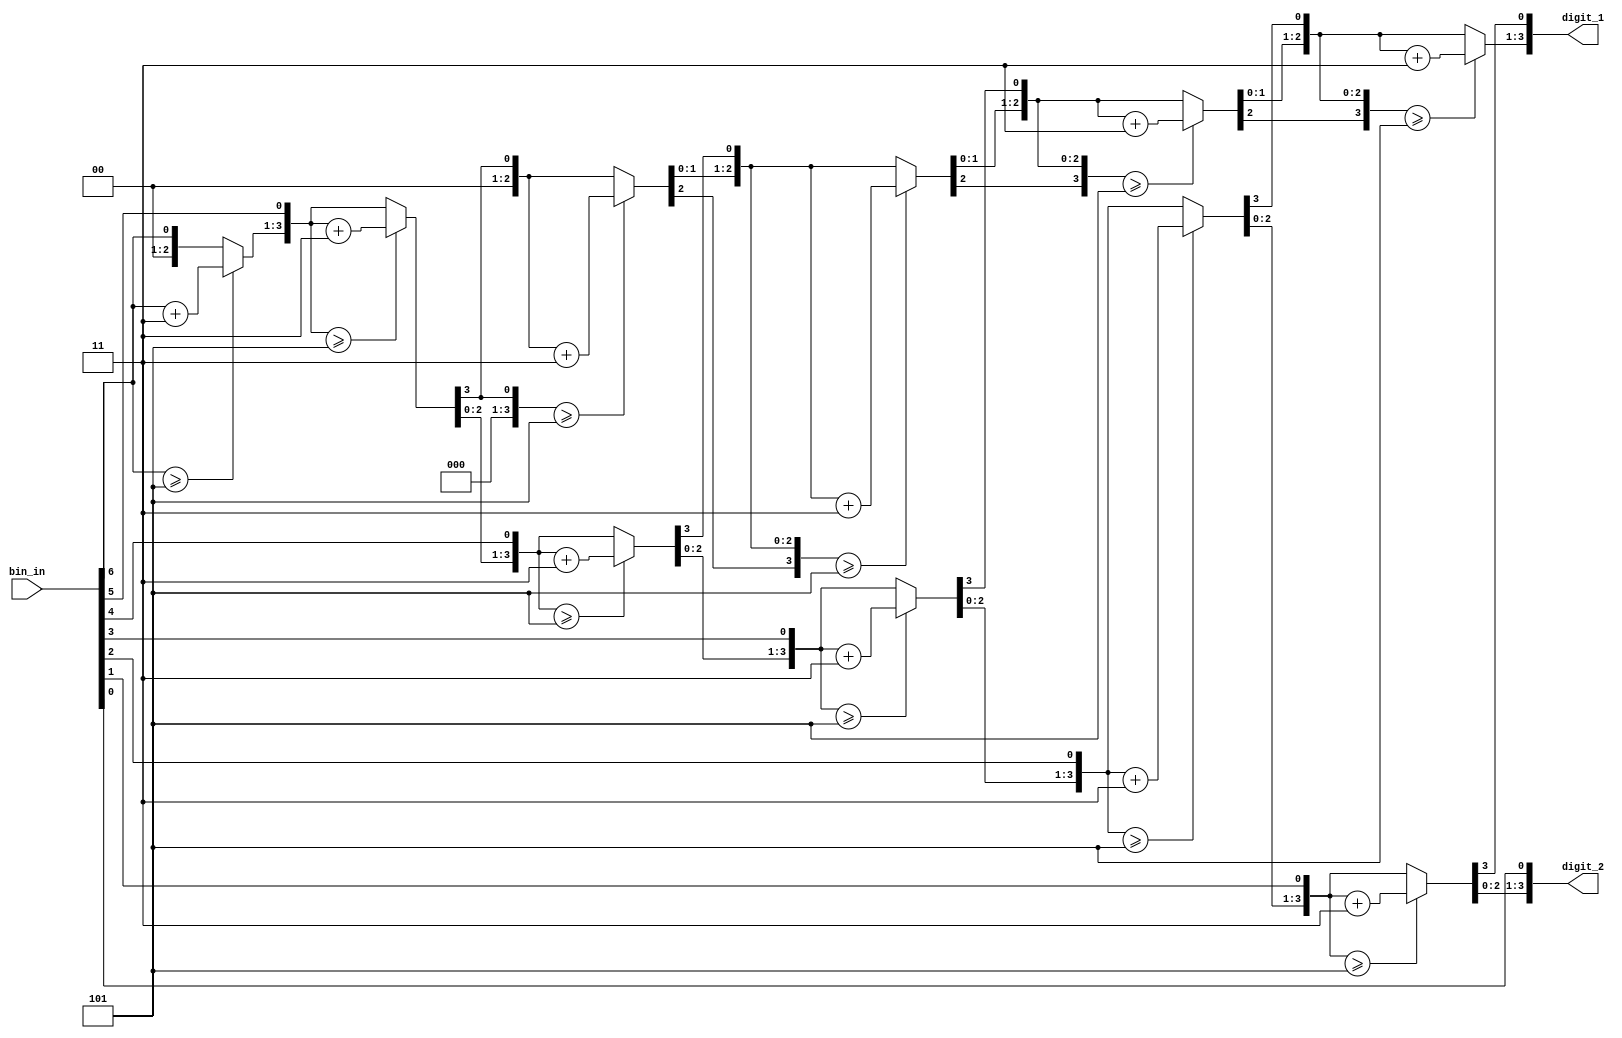
module binary_bcd_2(bin_in, digit_1, digit_2);
  
  input [6:0] bin_in;
  output reg [3:0] digit_1;
  output reg [3:0] digit_2;
  
integer i; 
always @ (bin_in) 
begin 

	digit_1 = 4'd0; 
	digit_2 = 4'd0; 

	for (i = 6; i >=0; i=i-1) 
	begin 

		if ( digit_1 >= 5) 
			digit_1 = digit_1 + 3; 

		if ( digit_2 >= 5) 
			digit_2 = digit_2 + 3; 


		digit_1 = digit_1 << 1; 
		digit_1[0] = digit_2[3]; 
		digit_2 = digit_2 << 1; 
		digit_2[0]= bin_in[i]; 

	end
end
  
endmodule